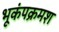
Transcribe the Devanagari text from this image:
भूकंपक्रमश